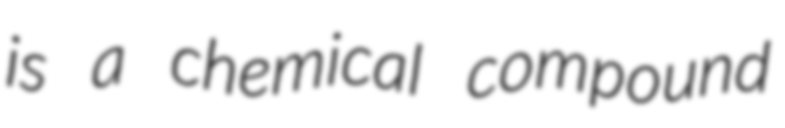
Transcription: is a chemical compound